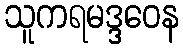
သူကရမဒ္ဒဝေန